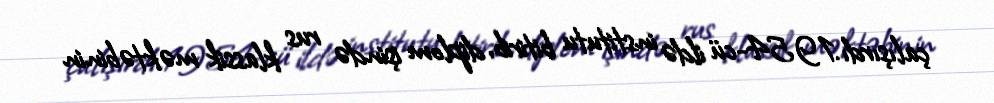
çalışırdı.1954-cü ildə institutu bitirib, diplom işində rus klassik məktəbinin